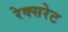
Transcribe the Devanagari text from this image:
रेक्सरेट